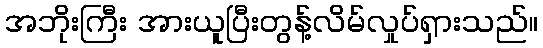
အဘိုးကြီး အားယူပြီးတွန့်လိမ်လှုပ်ရှားသည်။